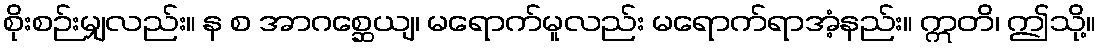
စိုးစဉ်းမျှလည်း။ န စ အာဂစ္ဆေယျ၊ မရောက်မူလည်း မရောက်ရာအံ့နည်း။ ဣတိ၊ ဤသို့။